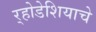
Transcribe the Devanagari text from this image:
र्‍होडेशियाचे